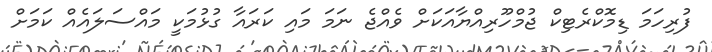
ފުރިހަމަ ޑިމޮކްރެޓިކް ޖުމްހޫރިއްޔާއަކަށް ވެއްޖެ ނަމަ މައި ކަރައާ ގުޅުމަކީ މައްސަލައެއް ކަމަށް